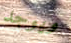
ويوجد